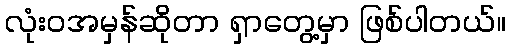
လုံးဝအမှန်ဆိုတာ ရှာတွေ့မှာ ဖြစ်ပါတယ်။